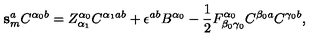
\mathbf { s } _ { m } ^ { a } C ^ { \alpha _ { 0 } b } = Z _ { \alpha _ { 1 } } ^ { \alpha _ { 0 } } C ^ { \alpha _ { 1 } a b } + \epsilon ^ { a b } B ^ { \alpha _ { 0 } } - \mathrm { \frac { 1 } { 2 } } F _ { \beta _ { 0 } \gamma _ { 0 } } ^ { \alpha _ { 0 } } C ^ { \beta _ { 0 } a } C ^ { \gamma _ { 0 } b } ,